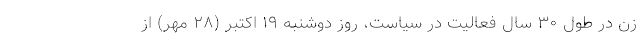
زن در طول ۳۰ سال فعالیت در سیاست، روز دوشنبه ۱۹ اکتبر (۲۸ مهر) از